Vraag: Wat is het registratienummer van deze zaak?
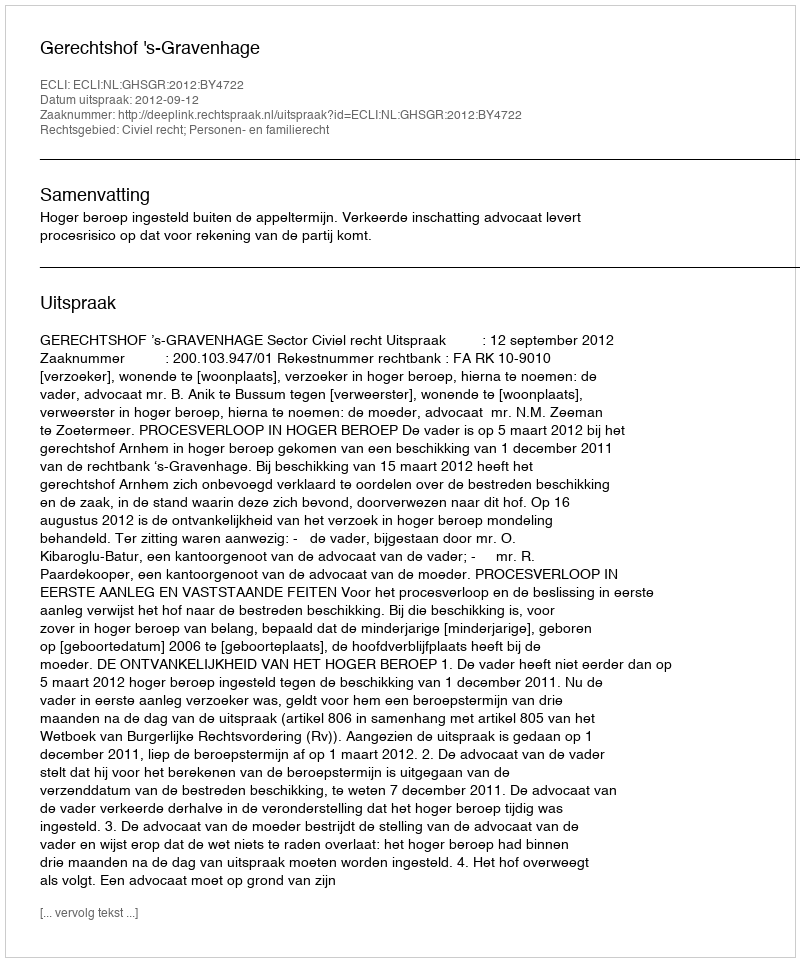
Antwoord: http://deeplink.rechtspraak.nl/uitspraak?id=ECLI:NL:GHSGR:2012:BY4722